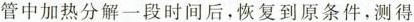
管中加热分解一段时间后，恢复到原条件，测得